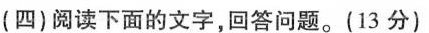
(四)阅读下面的文字，回答问题。(13分)